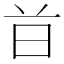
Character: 𣅑